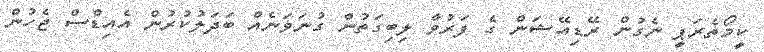
ކީމޯތެރަޕީ ނެގުން ރޭޑިއޭޝަން ގެ ފަރުވާ ލިބިގަތުން ގުނަވަނެއް ބަދަލުކުރުން އެއިޑްސް ޖެހުން